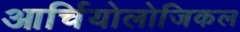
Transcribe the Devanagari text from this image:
आर्चियोलोजिकल